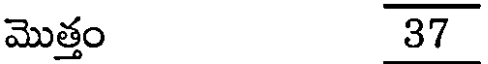
మొత్తం 37